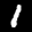
Label: 1